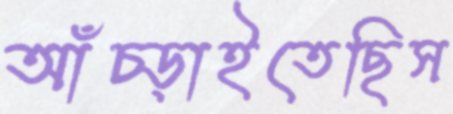
আঁচ্‌ড়াইতেছিস